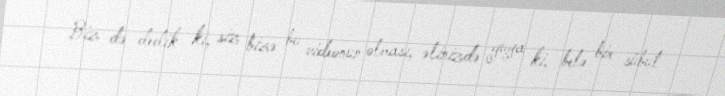
Biz də dedik ki, siz bizə bu videonun olması, əlinizdə guya ki, belə bir sübut